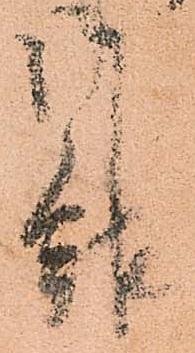
報